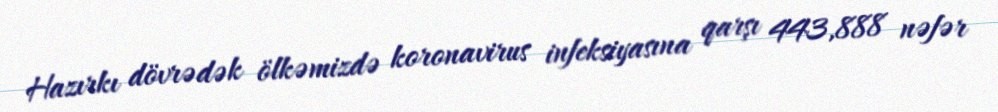
Hazırkı dövrədək ölkəmizdə koronavirus infeksiyasına qarşı 443,888 nəfər